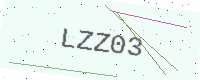
Text: LZZ03